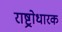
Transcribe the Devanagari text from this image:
राष्ट्रोधारक